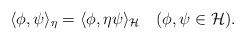
LaTeX: \begin{align*} \langle \phi, \psi \rangle_\eta = \langle \phi, \eta \psi \rangle_\mathcal{H} ~~~(\phi,\psi \in \mathcal{H}). \end{align*}